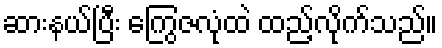
ဆားနယ်ပြီး ကြွေဇလုံထဲ ထည့်လိုက်သည်။